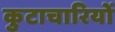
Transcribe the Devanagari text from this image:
कुटाचारियों